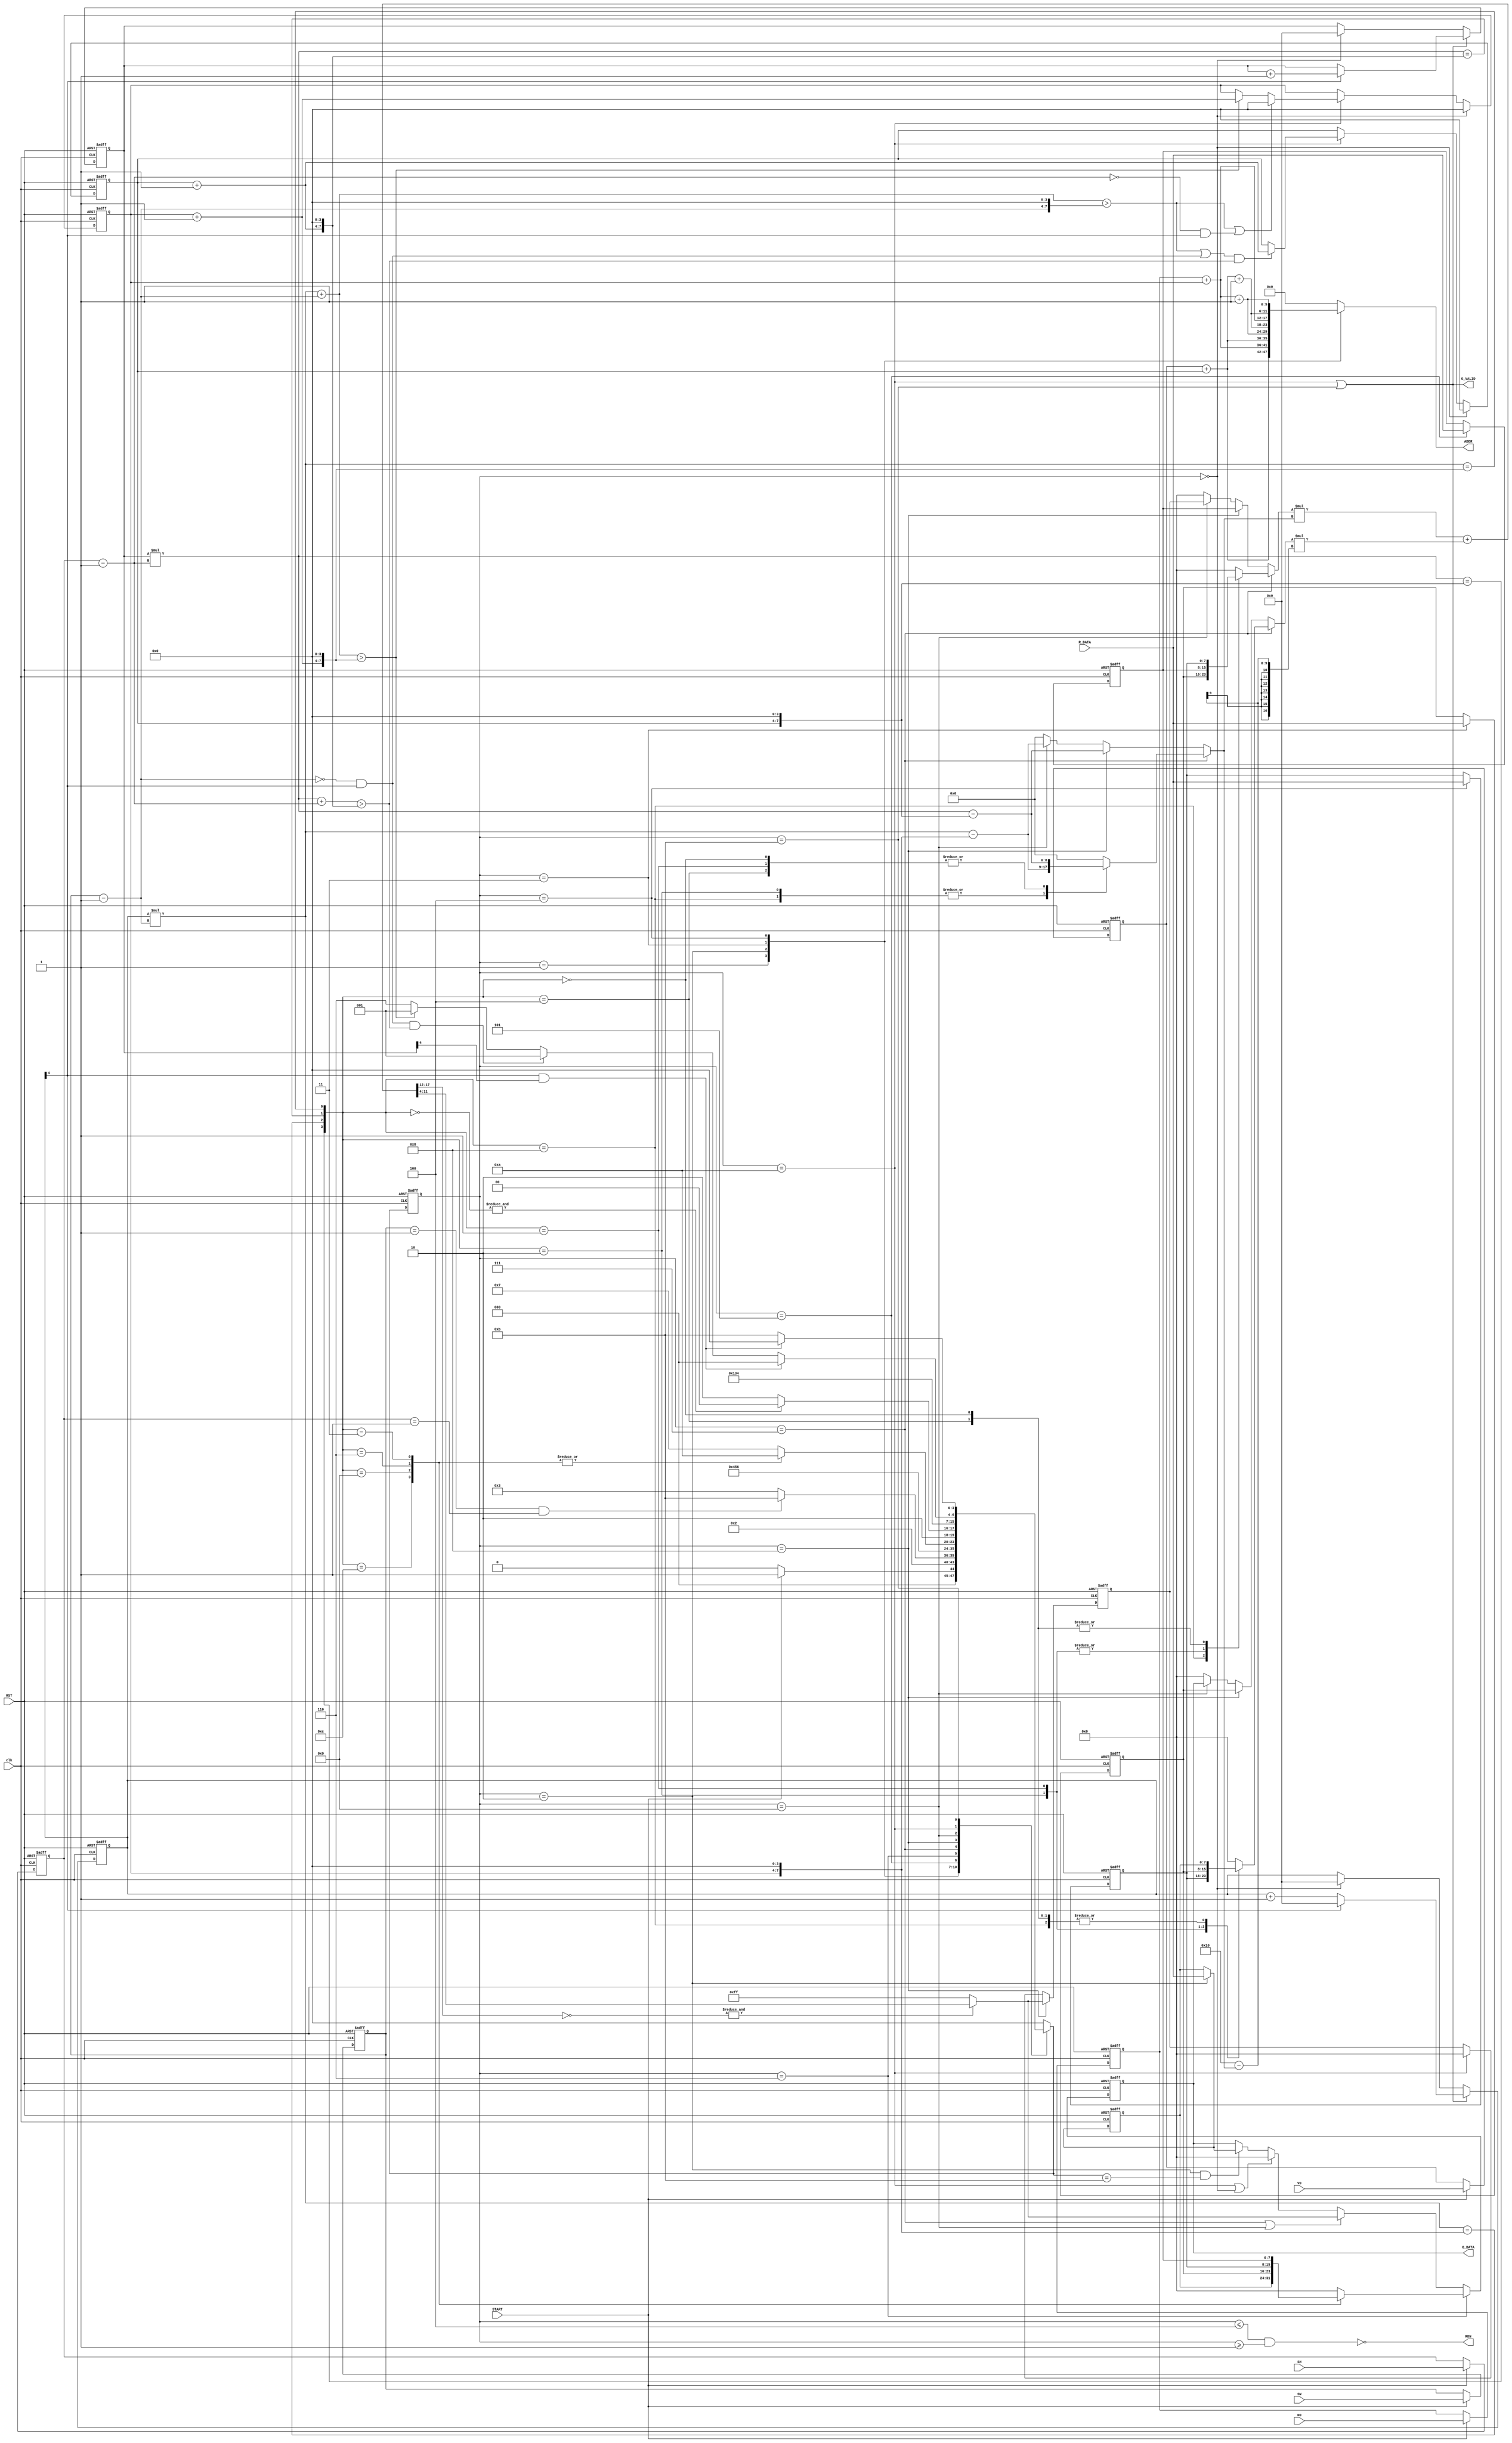
module interpolation (
    input              clk,
    input              RST,
    input              START,
    input      [5:0]   H0,
    input      [5:0]   V0,
    input      [3:0]   SW,
    input      [3:0]   SH,
    output             REN,
    input      [7:0]   R_DATA,
    output     [7:0]   O_DATA,
    output             O_VALID,
    output reg [11:0]  ADDR
);

    localparam IDLE = 4'd0;
    localparam READ = 4'd1;
    localparam READ_a = 4'd2;
    localparam READ_b = 4'd3;
    localparam READ_c = 4'd4;
    localparam READ_d = 4'd5;
    localparam CALC = 4'd6;
    localparam CALC_1 = 4'd7;
    localparam CALC_2 = 4'd8;
    localparam CALC_3 = 4'd9;
    localparam OUT = 4'd10;
    localparam OUT2 = 4'd11;

    reg [3:0] state_r, state_w;
    reg [5:0] tmp1, tmp2, tmp3, tmp4;
    reg [8:0] tmp5;
    

    reg [8:0] x, y, border_x, border_y;
    reg [8:0] coord_x, coord_y;
    reg same_row1, same_row2;
    reg same_col1, same_col2;
    reg [3:0] check;
    reg get_next_row;
    reg get_next_col;
    reg overflow, overflow2, overflow3;

    reg [7:0] data_a_r, data_a_w;
    reg [7:0] data_b_r, data_b_w;
    reg [7:0] data_c_r, data_c_w;
    reg [7:0] data_d_r, data_d_w;

    reg [5:0] H_r, H_w;
    reg [5:0] V_r, V_w;
    reg [3:0] SW_r, SW_w;
    reg [3:0] SH_r, SH_w;

    reg [3:0] height, wide;

    reg [4:0] count_x_r, count_x_w; 
    reg [4:0] count_y_r, count_y_w;

    reg [3:0] count_SW_r, count_SW_w;
    reg [3:0] count_SH_r, count_SH_w;

    reg [7:0] interpolation_a, interpolation_b;
    reg [7:0] bilinear_1_r, bilinear_1_w;
    reg [7:0] bilinear_2_r, bilinear_2_w;
    reg [8:0] length;
    reg [8:0] tmp6, tmp7;
    reg [16:0] tmp8, tmp9, tmp10;
    reg [20:0] tmp11, tmp12, tmp13;
    reg [7:0] result;
  
    /* OUTPUT */
    assign O_DATA = bilinear_1_r;
    assign O_VALID = (state_r == OUT || state_r == OUT2);
    assign REN =  !((state_r <= 4'd4) && (state_r >= 4'd1));

    always@ (*) begin
        tmp1 = H_r + count_SW_r;
        tmp2 = V_r + count_SH_r;
        tmp3 = tmp1 + 1'b1;
        tmp4 = tmp2 + 1'b1;
    end

    always@ (*) begin
        case(state_r)
            READ:    ADDR = {tmp2, tmp1};
            READ_a:  ADDR = {tmp2, tmp3};
            READ_b:  ADDR = {tmp4, tmp1};
            READ_c:  ADDR = {tmp4, tmp3};
            default: ADDR = 0;
        endcase
    end
    

    /* input storage */
    always@ (*) begin
        if(START) begin
            H_w = H0;
            V_w = V0;
            SW_w = SW;
            SH_w = SH;
        end
        else begin
            H_w = H_r;
            V_w = V_r;
            SW_w = SW_r;
            SH_w = SH_r;
        end
    end
    
    always@ (posedge clk or posedge RST) begin
        if(RST) begin
            H_r  <= 0;
            V_r  <= 0;
            SW_r <= 0;
            SH_r <= 0;
        end
        else begin
            H_r  <= H_w;
            V_r  <= V_w;
            SW_r <= SW_w;
            SH_r <= SH_w;
        end
    end


    /* data storage */
    always@ (*) begin
        if(state_r == READ_a) begin
            data_a_w = R_DATA;
        end
        else begin
            data_a_w = data_a_r;
        end
    end

    always@ (*) begin
        if(state_r == READ_b) begin
            data_b_w = R_DATA;
        end
        else begin
            data_b_w = data_b_r;
        end
    end

    always@ (*) begin
        if(state_r == READ_c) begin
            data_c_w = R_DATA;
        end
        else begin
            data_c_w = data_c_r;
        end
    end

    always@ (*) begin
        if(state_r == READ_d) begin
            data_d_w = R_DATA;
        end
        else begin
            data_d_w = data_d_r;
        end
    end

    always@ (posedge clk or posedge RST) begin
        if(RST) begin
            data_a_r <= 0;
            data_b_r <= 0;
            data_c_r <= 0;
            data_d_r <= 0;
        end
        else begin
            data_a_r <= data_a_w;
            data_b_r <= data_b_w;
            data_c_r <= data_c_w;
            data_d_r <= data_d_w;
        end
    end


    /* xy counter */
    always@ (*) begin
        if(state_r == OUT || state_r == OUT2) begin
            count_x_w = (count_x_r[4]) ? 5'd0 : (count_x_r + 1'b1);
            count_y_w = (count_x_r[4]) ? (count_y_r + 1'b1) : count_y_r;
        end
        else if(state_r == IDLE) begin
            count_x_w = 0;
            count_y_w = 0;
        end
        else begin 
            count_x_w = count_x_r;
            count_y_w = count_y_r;
        end
    end

    always@ (posedge clk or posedge RST) begin
        if(RST) begin
            count_x_r <= 0;
            count_y_r <= 0;
        end
        else begin
            count_x_r <= count_x_w;
            count_y_r <= count_y_w;
        end
    end


    /* coordinate transformation */
    always@ (*) begin
        x = {count_SW_r, 4'd0};
        y = {count_SH_r, 4'd0};
        wide = SW_r - 1'b1;
        height = SH_r - 1'b1;

        border_x = {(count_SW_r+1'b1), 4'd0};
        border_y = {(count_SH_r+1'b1), 4'd0};
        coord_x = count_x_r * wide;
        coord_y = count_y_r * height;
    end

    always@ (*) begin
        tmp5 = coord_x + wide;
        get_next_col = tmp5 > border_x;
        get_next_row = (coord_y + height) > border_y;
        
        overflow  = tmp5 > {wide, 4'd0};  // for the normal case
        overflow2 = (wide==0) && (count_x_r[4]); // for the nx1 case
        overflow3 = (height==0) && (count_x_r[4]);// for the 1xn case

        same_row1 = (coord_y == y); 
        same_col1 = (coord_x == x); 
        same_row2 = (coord_y == border_y);
        same_col2 = (coord_x == border_x);
        check = {same_row1, same_col1, same_row2, same_col2};
    end


    /* SW, SH counter */
    always@ (*) begin
        if(state_r == IDLE) begin
            count_SW_w = 0;
            count_SH_w = 0;
        end
        else if(state_r == OUT)begin
            count_SW_w = (overflow || overflow3) ? 0 : (get_next_col) ?  (count_SW_r + 1'b1) : count_SW_r;
            count_SH_w = ((overflow || overflow2) & get_next_row) ? (count_SH_r + 1'b1) : count_SH_r;
        end
        else begin
            count_SW_w = count_SW_r;
            count_SH_w = count_SH_r;
        end
    end

    always@ (posedge clk or posedge RST) begin
        if(RST) begin
            count_SW_r <= 0;
            count_SH_r <= 0;
        end
        else begin
            count_SW_r <= count_SW_w;
            count_SH_r <= count_SH_w;
        end
    end


    /* state transition */
    always@ (*) begin
        case(state_r)
            IDLE: state_w = (START) ? READ : IDLE;
            READ: state_w = READ_a;
            READ_a: state_w = (SW_r==1 && SH_r==1) ? OUT2 : READ_b;
            READ_b: state_w = READ_c;
            READ_c: state_w = READ_d;
            READ_d: state_w = CALC;
            
            CALC: begin
                case(check)
                    4'b1100: state_w = OUT; // same row, same col --> output (a)
                    4'b1001: state_w = OUT; // same row, same col --> output (b)
                    4'b0110: state_w = OUT; // same row, same col --> output (c)
                    4'b0011: state_w = OUT; // same row, same col --> output (d)    
                    default: state_w = CALC_1;
                endcase
            end
            CALC_1: state_w = (&(~check)) ? CALC_2 : OUT;  
            CALC_2: state_w = CALC_3;
            CALC_3: state_w = OUT;

            OUT: begin
                if(count_x_r[4] & count_y_r[4]) begin
                    state_w = IDLE;
                end
                else if(overflow2 & get_next_row) begin
                    state_w = READ;
                end
                else if(!get_next_col) begin
                    state_w = CALC;
                end
                else begin
                    state_w = READ;
                end
            end

            OUT2: begin
                if(count_x_r[4] & count_y_r[4]) begin
                    state_w = IDLE;
                end
                else begin
                    state_w = OUT2;
                end
            end

            default: state_w = IDLE;
        endcase
    end

    always@ (posedge clk or posedge RST) begin
        if(RST) begin
            state_r <= IDLE;
        end
        else begin
            state_r <= state_w;
        end
    end
    

    /* interpolation */
    always@ (*) begin
        tmp6 = (coord_x - x);
        tmp7 = (coord_y - y);
    end


    always@ (*) begin
        if(state_r == CALC_1) begin
            case(check) 
                4'b1000: begin
                    interpolation_a = data_a_r;
                    interpolation_b = data_b_r;
                    length = tmp6;
                end
                
                4'b0100:begin
                    interpolation_a = data_a_r;
                    interpolation_b = data_c_r;
                    length = tmp7;
                end
                
                4'b0010:begin
                    interpolation_a = data_c_r;
                    interpolation_b = data_d_r;
                    length = tmp6;
                end
                
                4'b0001:begin
                    interpolation_a = data_b_r;
                    interpolation_b = data_d_r;
                    length = tmp7;
                end
                
                4'b0000:begin
                    interpolation_a = data_a_r;
                    interpolation_b = data_c_r;
                    length = tmp7;
                end
                
                default:begin
                    interpolation_a = 0;
                    interpolation_b = 0;
                    length = 0;
                end
            endcase
        end
        else if(state_r == CALC_2) begin
            interpolation_a = data_b_r;
            interpolation_b = data_d_r;
            length = tmp7;
        end
        else if(state_r == CALC_3) begin
            interpolation_a = bilinear_1_r;
            interpolation_b = bilinear_2_r;
            length = tmp6;
        end
        else begin
            interpolation_a = 0;
            interpolation_b = 0;
            length = 0;
        end
    end

    always@ (*) begin
        tmp8 = interpolation_b * length;
        tmp9 = {9'b000010000} - length;
        tmp10 = interpolation_a * tmp9;
        tmp11 = {4'd0, tmp8};
        tmp12 = {4'd0, tmp10};
        tmp13 = tmp11 + tmp12;
        result = (&(~tmp13[20:12])) ? tmp13[11:4] : 8'd255;
    end

    always@ (*) begin
        if(state_r == CALC) begin
            case(check)
                4'b1100: bilinear_1_w = data_a_r; // same row, same col --> output (a)
                4'b1001: bilinear_1_w = data_b_r; // same row, same col --> output (b)
                4'b0110: bilinear_1_w = data_c_r; // same row, same col --> output (c)
                4'b0011: bilinear_1_w = data_d_r; // same row, same col --> output (d)
                default: bilinear_1_w = 0;
            endcase 
        end
        else if(state_r == CALC_1 || state_r == CALC_3) begin
            bilinear_1_w = result;
        end
        else if(state_r == OUT || state_r == IDLE) begin
            bilinear_1_w = 0;
        end
        else if(state_r == READ_a && state_w == OUT2) begin
            bilinear_1_w = data_a_w;
        end
        else begin
            bilinear_1_w = bilinear_1_r;
        end
    end

    always@ (*) begin
        if(state_r == CALC_2) begin
            bilinear_2_w = result;
        end
        else if(state_r == OUT) begin
            bilinear_2_w = 0;
        end
        else begin
            bilinear_2_w = bilinear_2_r;
        end
    end

    always@ (posedge clk or posedge RST) begin
        if(RST) begin
            bilinear_1_r <= 0;
            bilinear_2_r <= 0;
        end
        else begin
            bilinear_1_r <= bilinear_1_w;
            bilinear_2_r <= bilinear_2_w;
        end
    end

endmodule